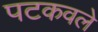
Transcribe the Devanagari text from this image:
पटकवले